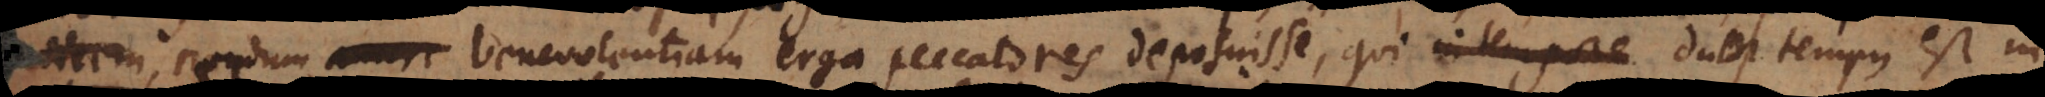
, nondum amore benevolentiam erga peccatores deposuisse, qui in tempore ad